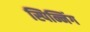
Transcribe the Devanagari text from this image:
स्पिन्निंग